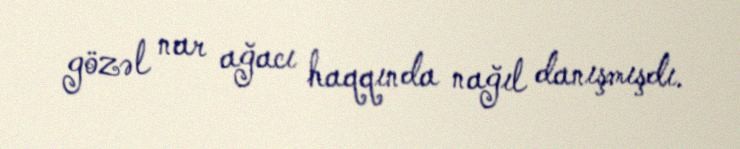
gözəl nar ağacı haqqında nağıl danışmışdı.